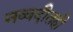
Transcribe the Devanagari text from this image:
नव्वदीतही